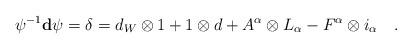
LaTeX: \begin{align*}\psi^{-1} \mathbf{d} \psi = \delta = d_W \otimes 1 + 1\otimes d+ A^\alpha \otimes L_\alpha - F^\alpha \otimes i_\alpha\quad.\end{align*}